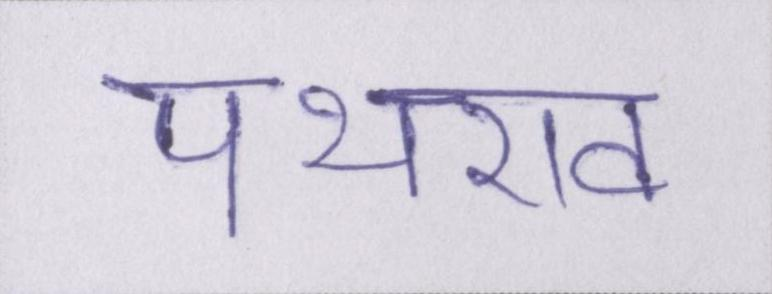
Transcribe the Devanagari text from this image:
पथराव